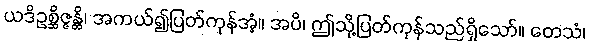
ယဒိဥစ္ဆိဇ္ဇန္တိ၊ အကယ်၍ပြတ်ကုန်အံ့။ အပိ၊ ဤသို့ပြတ်ကုန်သည်ရှိသော်။ တေသံ၊